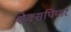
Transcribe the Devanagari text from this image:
शेक्सपियार